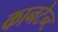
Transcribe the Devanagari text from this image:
कानटेन्‍ट